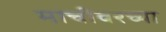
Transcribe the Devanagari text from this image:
माचीवरच्या